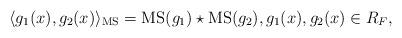
LaTeX: \begin{align*} \langle g_1(x), g_2(x) \rangle_{\mathrm{MS}}= \mathrm{MS}(g_1)\star \mathrm{MS}(g_2), g_1(x), g_2(x) \in R_F,\end{align*}